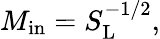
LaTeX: M_{\mathrm{{in}}}=S_{\mathrm{{L}}}^{-1/2},